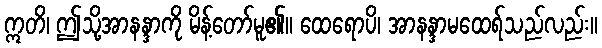
ဣတိ၊ ဤသို့အာနန္ဒာကို မိန့်တော်မူ၏။ ထေရောပိ၊ အာနန္ဒာမထေရ်သည်လည်း။